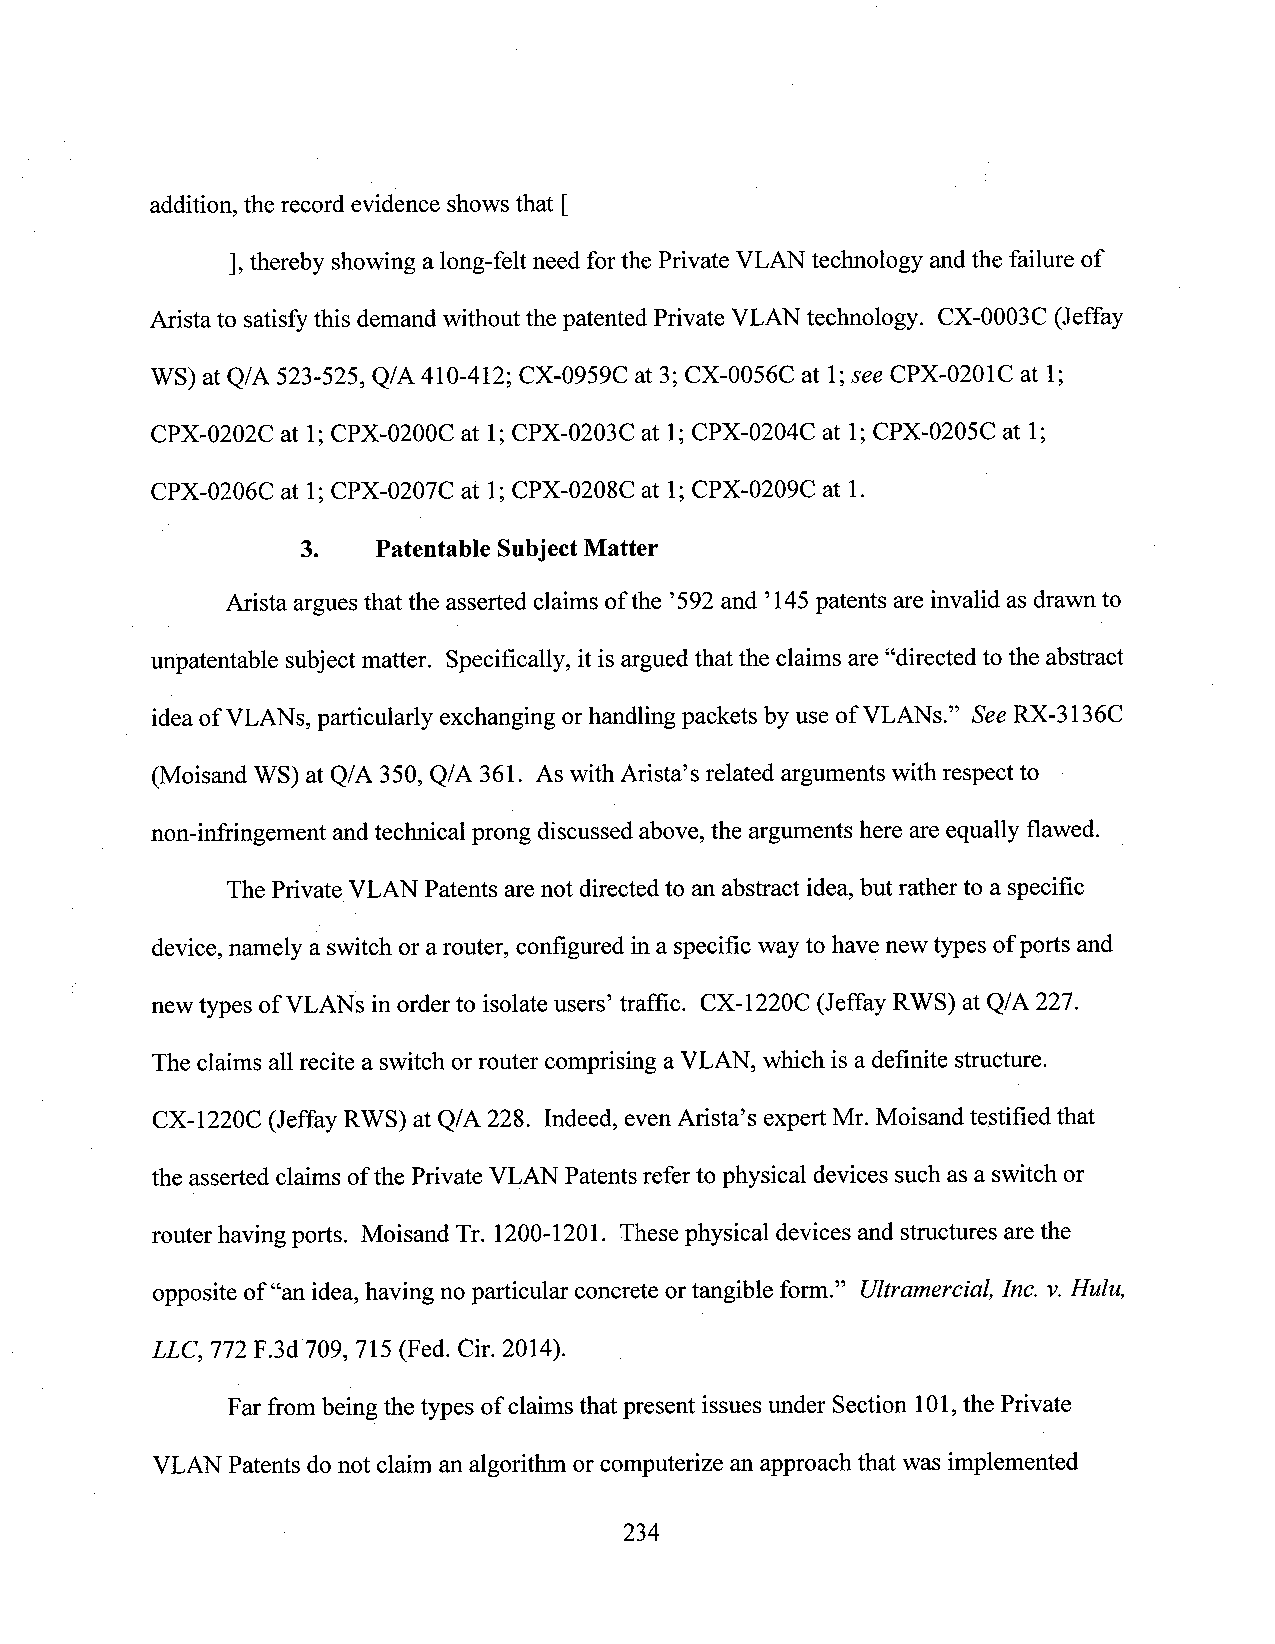
addition, the record evidence shows that [
 ],thereby showing a long-felt need forthe Private VLAN technology andthe failure of
 Arista to satisfythis demand without the patented Private VLAN technology. CX-0003C (Jeffay
 WS) at Q/A 523-525, Q/A 410-412; CX-0959C at 3; CX-0056C at 1;see CPX-0201C at 1;
 CPX-0202C at 1;CPX-0200C at 1;CPX-0203C at 1;CPX-0204C at 1;CPX-0205C at 1;
 CPX-0206C at 1;CPX-0207C at 1;CPX-0208C at 1;CPX-0209C at 1.
 3.   Patentable SubjectMatter
 Arista arguesthat the asserted claims ofthe ’592and ’l45 patents are invalid asdrawn to
 unpatentable subject matter. Specifically, it is argued that the claims are “directed to the abstract
 ideaofVLANs, particularly exchanging orhandlingpackets by use of VLANs.” SeeRX-3136C
 (Moisand WS) at Q/A 350, Q/A 361. As with Arista’s related arguments with respect to ­
 non-infringement and technical prong discussed above, the arguments here are equally flawed. _
 The Private VLAN Patents are not directed to an abstract idea,but rather to a specific
 device,namely a switch or arouter, configured ina specific wayto have new types ofports and
 newtypes ofVLANs inorder to isolate users’ traffic. CX-1220C (Jeffay RWS) at Q/A 227.
 The claims all recite a switch orrouter comprising aVLAN, which is a definite structure.
 CX-1220C (Jeffay RWS) at Q/A 228. Indeed, even Arista’s expert Mr. Moisand testified that
 the asserted claims ofthe Private VLAN Patents referto physical devices such asa switch or
 router having ports. Moisand Tr. 1200-1201. These physical devices and structures arethe
 opposite of“an idea,having no particular concrete ortangible form.” Ultramercial, Inc. v.Hulu,
 LLC, 772 F.3d 709, 715 (Fed. Cir. 2014). _
 Far from beingthe types ofclaims that present issues under Section 101,the Private
 VLAN Patents donot claim an algorithm or computerize an approach that was implemented
 234